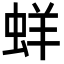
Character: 蛘